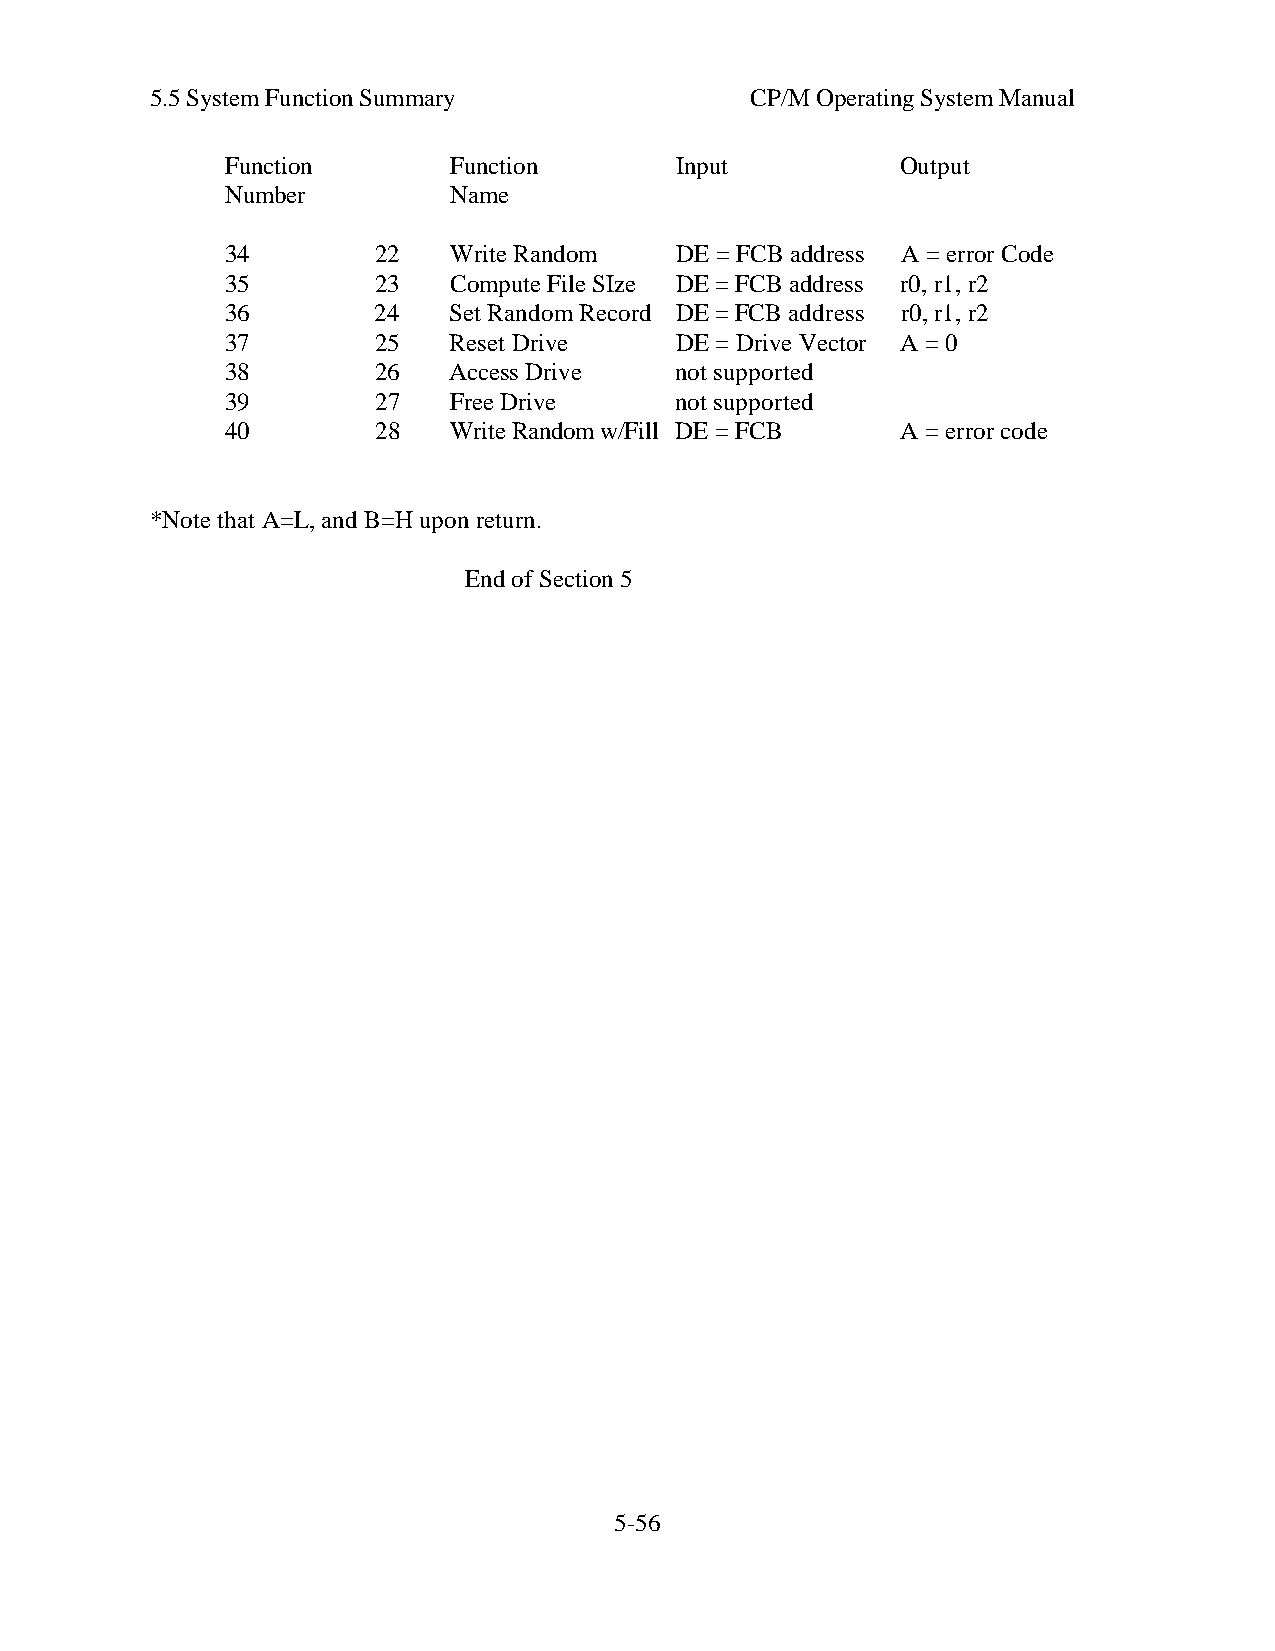
5.5 System Function Summary             CP/M Operating System Manual
 Function       Function       Input          Output
 Number         Name
 34        22   Write Random   DE = FCB address A = error Code
 35        23   Compute File SIze DE = FCB address r0, r1, r2
 36        24   Set Random Record DE = FCB address r0, r1, r2
 37        25   Reset Drive    DE = Drive Vector A = 0
 38        26   Access Drive   not supported
 39        27   Free Drive     not supported
 40        28   Write Random w/Fill DE = FCB  A = error code
 *Note that A=L, and B=H upon return.
 End of Section 5
 5-56